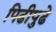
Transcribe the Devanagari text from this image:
पिढीपुढे